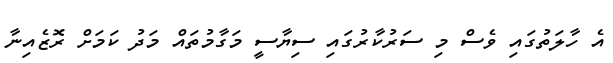
އެ ހާލަތުގައި ވެސް މި ސަރުކާރުގައި ސިޔާސީ މަގާމުތައް މަދު ކަމަށް ރޮޒެއިނާ